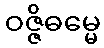
ဝဇ္ဇိဓမ္မေ